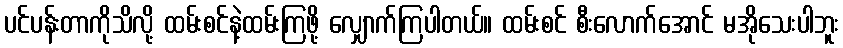
ပင်ပန်းတာကိုသိလို့ ထမ်းစင်နဲ့ထမ်းကြဖို့ လျှောက်ကြပါတယ်။ ထမ်းစင် စီးလောက်အောင် မအိုသေးပါဘူး